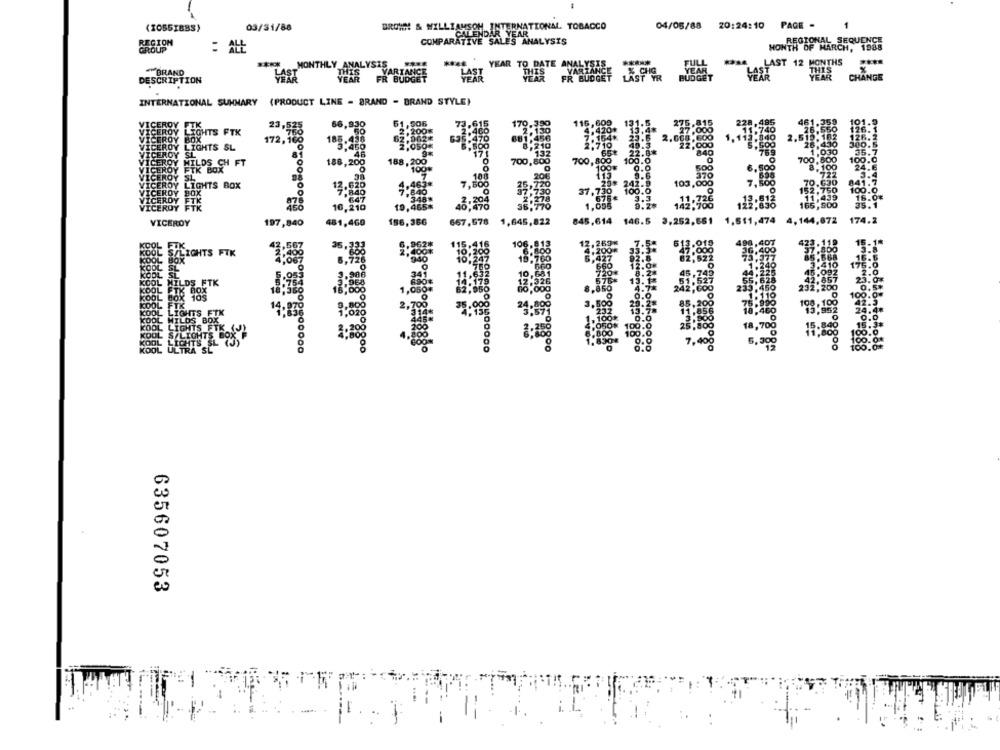
(3055IBBS)
03/31/88
BROWN & WILLIAMSON INTERNATIONAL TOBACCO
04/05/88
20:24:10
PAGE -
CALENDAR YEAR
REGION
COMPARATIVE SALES ANALYSIS
REGIONAL SEQUENCE
GROUP
:
HONTH OF MARCH, 1988
FULL
****
MONTHL
-
YEAR TO DATE ANALYST
YEAR
BRAND
BUDGET
CHANDE
DESCRIPTION
INTERNATIONAL SUMMARY (PRODUCT LINE - BRAND - BRAND STYLE)
VICEROY
VICEROYEL
VICEROY L
VICEROY S
VICEROY LIGHTS BOX
VICEROY FIK
VICEROY
197,840
481,460
obůöntoñoől
2ººº00
635607053